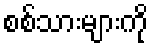
စစ်သားများကို